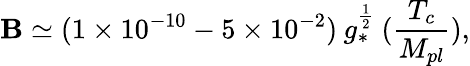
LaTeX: \mathbf{B}\simeq(1\times10^{-10}-5\times10^{-2})\: g_{*}^{\frac{{1}}{{2}}}\: ({\frac{{T_{c}}}{{M_{pl}}}}),